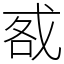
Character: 㦴